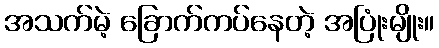
အသက်မဲ့ ခြောက်ကပ်နေတဲ့ အပြုံးမျိုး။